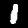
Label: 1